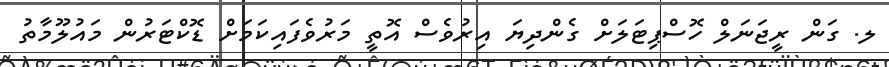
ލ. ގަން ރީޖަނަލް ހޮސްޕިޓަލަށް ގެންދިޔަ އިރުވެސް އޮތީ މަރުވެފައިކަމަށް ޑޮކްޓަރުން މައުލޫމާތު